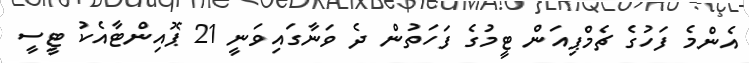
އެންމެ ފަހުގެ ޗެމްޕިއަން ޓީމުގެ ފަހަތުން ދެ ވަނާގައިވަނީ 21 ޕޮއިންޓާއެކު ޓީސީ